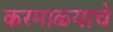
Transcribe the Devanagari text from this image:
करमाळ्याचे